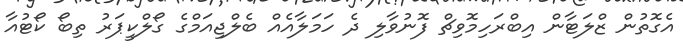
އެގޮތުން ޒްލަޓާން އިބްރަހިމޮވިޗް ފޮނުވާލި ދެ ހަމަލާއެއް ބެލްޖިއަމްގެ ގޯލްކީޕަރު ތިބޯ ކޯޓުއާ